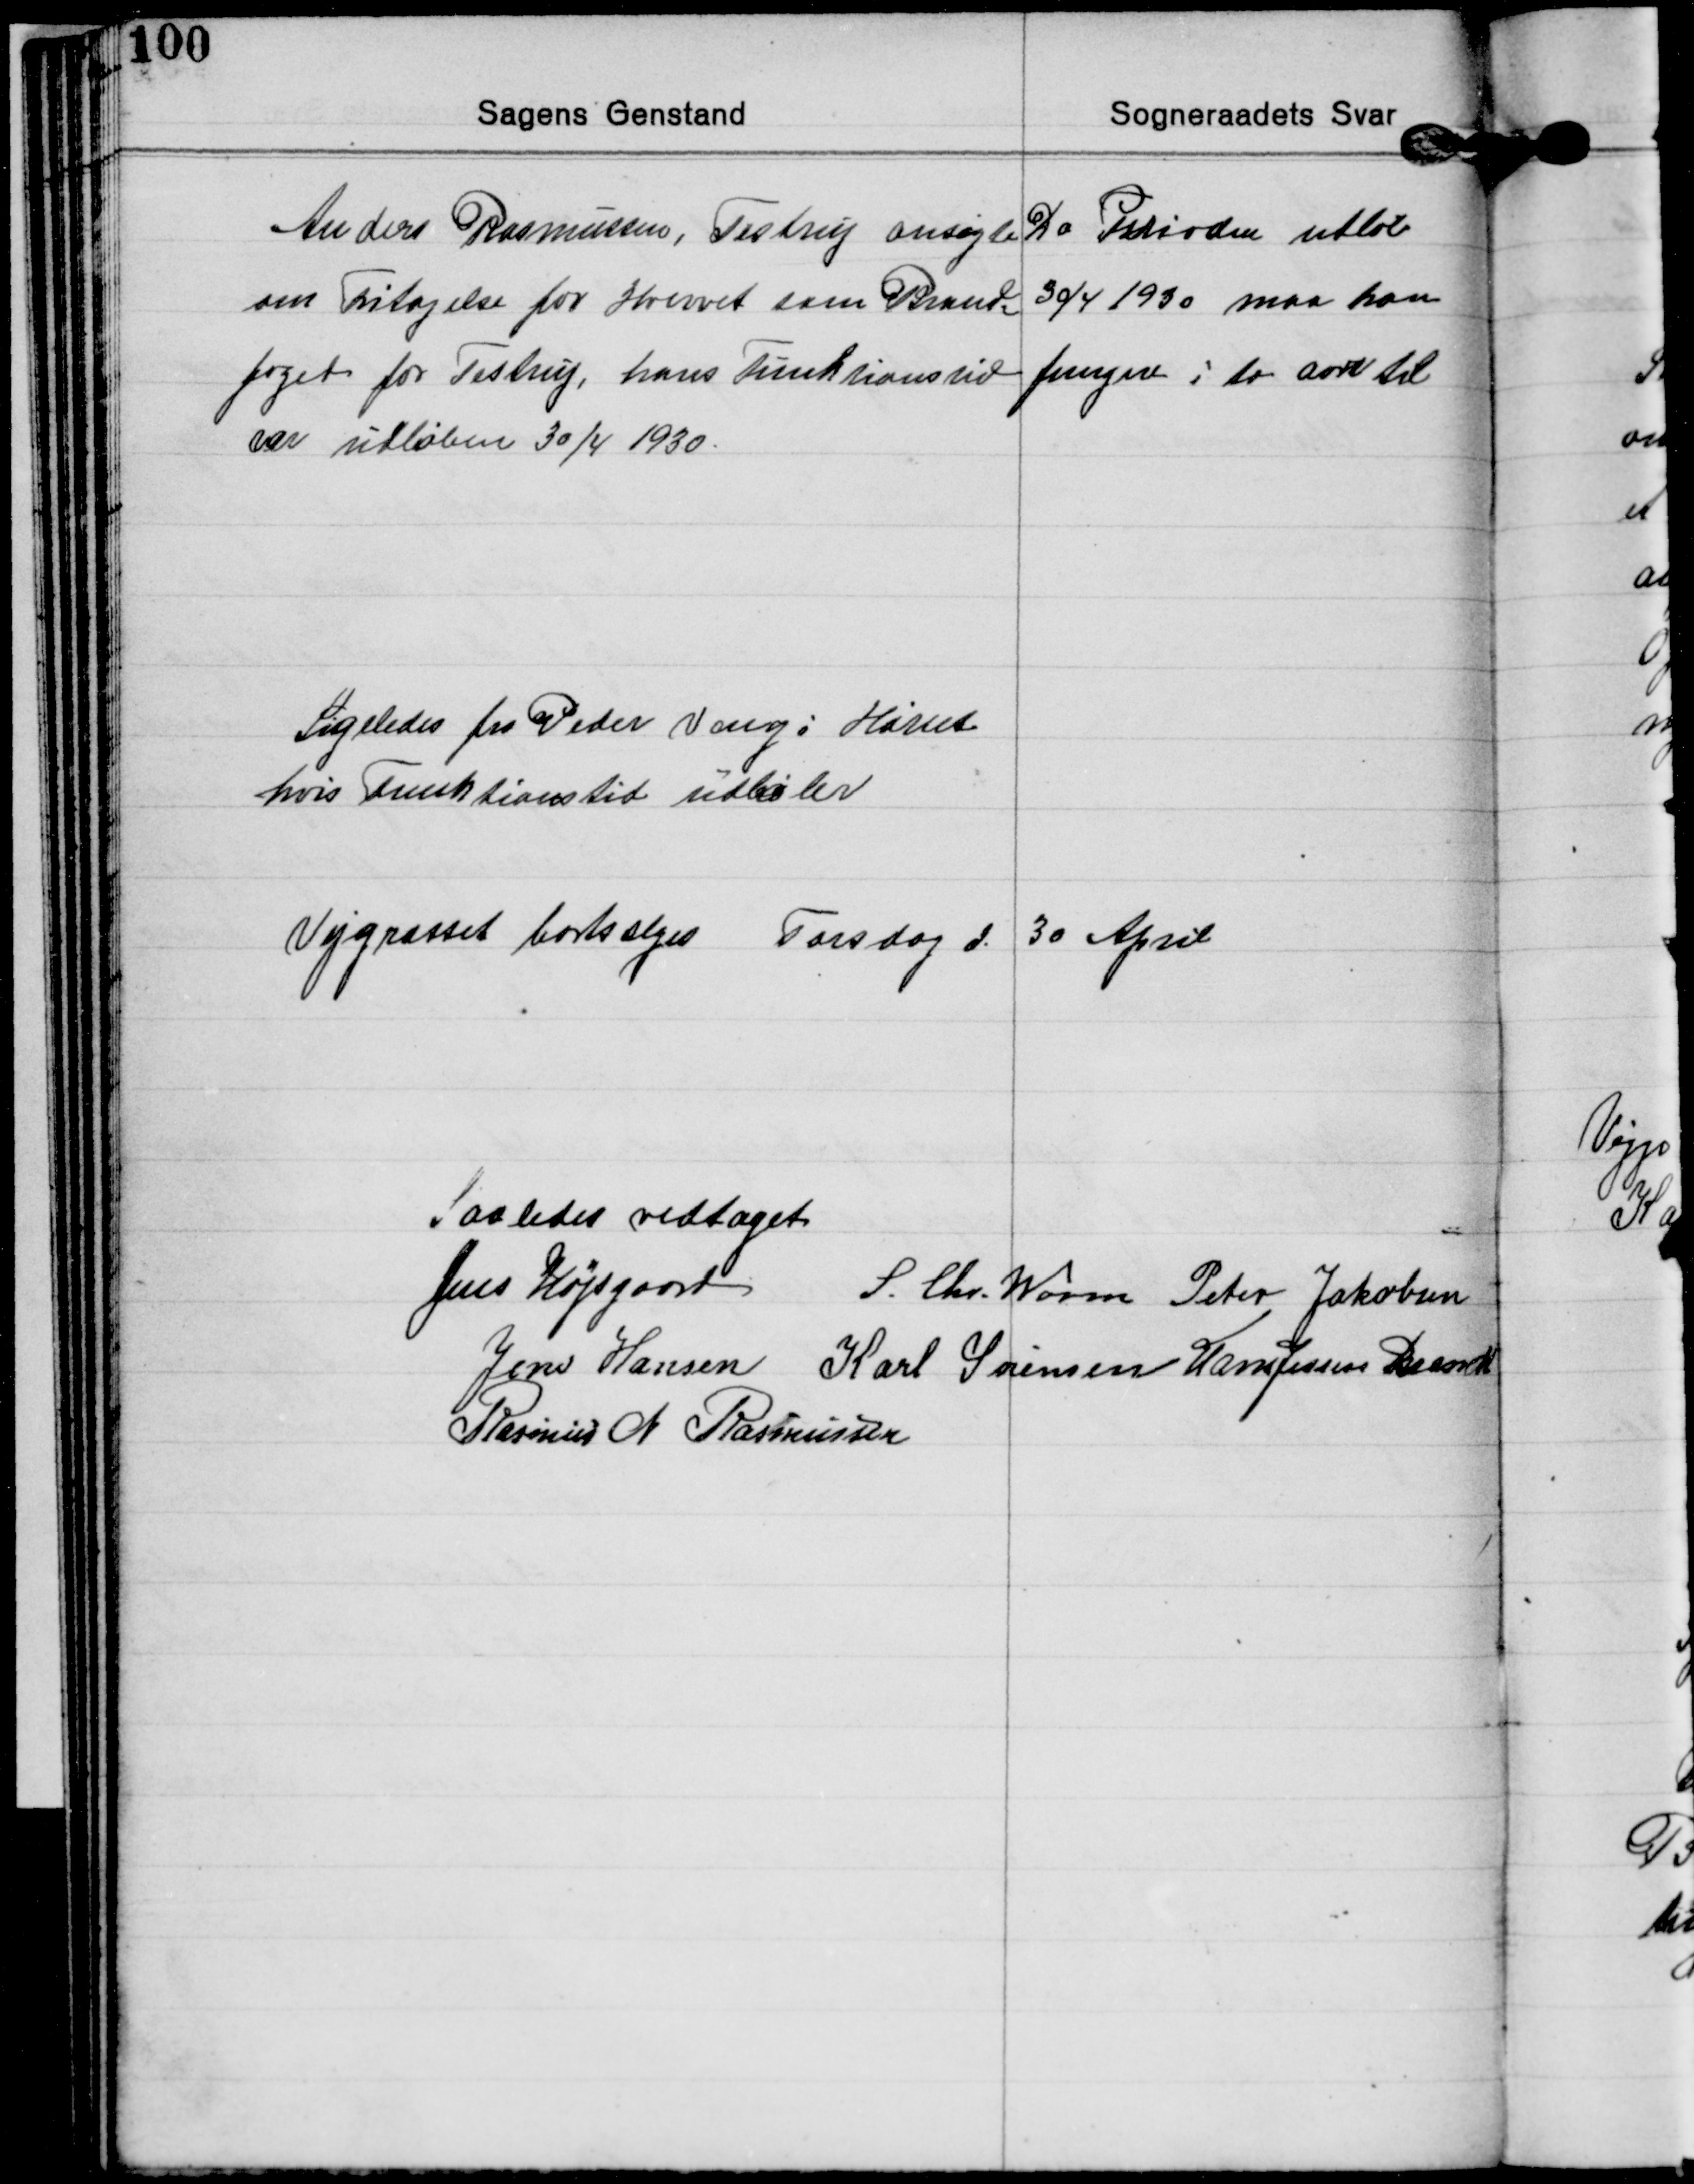
Transskription:
Anders Rasmussen, Testrup ansøgte 
om Fritagelse for Hvervet som Brand=
foged for Testrup, hans Funktionstid
var udløben 30/4 1930.
Da Perioden udløb
30/4 1930 maa han
fungere i to Aar til

Ligeledes fra Peder Vang i Hørret
hvis Funktionstid udløber

Vejgræsset bortsælges Torsdag d. 30 April

Saaledes vedtaget
Jens Højsgaard S. Chr. Worm Peter Jakobsen
Jens Hansen Karl Sørensen Hans Jessen Brandt
Rasmus N. Rasmussen